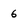
Character: 6